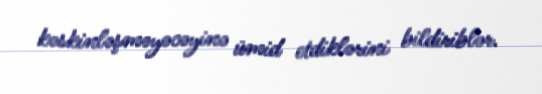
kəskinləşməyəcəyinə ümid etdiklərini bildiriblər.